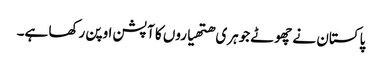
پاکستان نے چھوٹے جوہری ھتھیاروں کا آپشن اوپن رکھا ہے۔